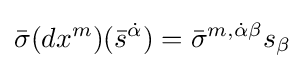
{\bar {\sigma }}(dx^{m})({\bar {s}}^{\dot {\alpha }})={\bar {\sigma }}^{m,{\dot {\alpha }}\beta }s_{\beta }